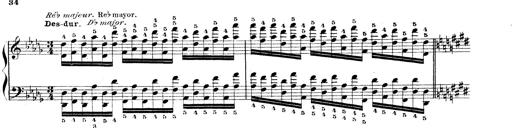
Title: Technische Studien
Composer: Franz Liszt